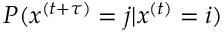
P ( x ^ { ( t + \tau ) } = j \vert x ^ { ( t ) } = i )